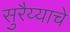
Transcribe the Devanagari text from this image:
सुरैय्याचे